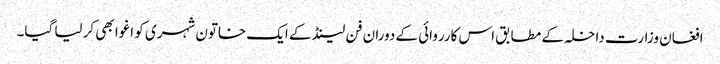
افغان وزارت داخلہ کے مطابق اس کارروائی کے دوران فن لینڈ کے ایک خاتون شہری کو اغوا بھی کر لیا گیا۔